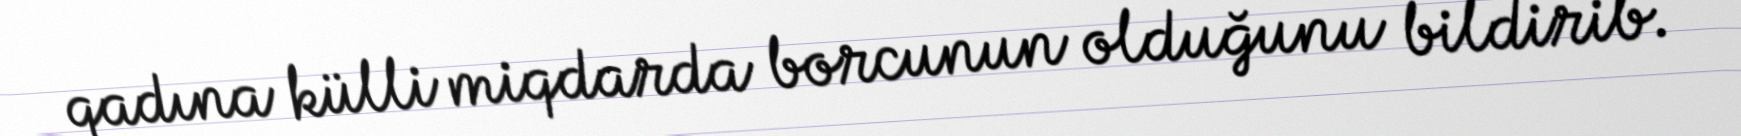
qadına külli miqdarda borcunun olduğunu bildirib.